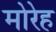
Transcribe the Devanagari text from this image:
मोरेह